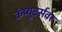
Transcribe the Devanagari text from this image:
कंप्युटर्सवर